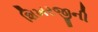
શિખરજીની